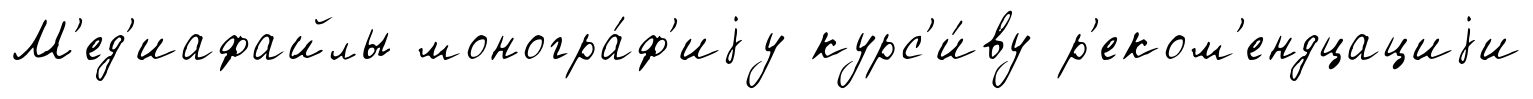
М'ед'иафайлы моногра́ф'иjу курс'и́ву р'еком'ендцациjи